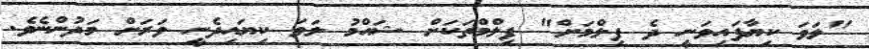
"ލަވަ ކިޔާފައިވަނީ ދެ ފިލްމަށް" ފިލްމްތަކަށް ޝައްމު ލަވަ ކިޔައިދެނީ ވަރަށް މަދުންނެވެ.